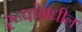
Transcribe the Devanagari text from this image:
रूपांमधील